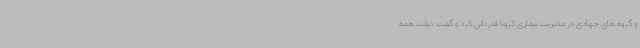
و گروه های جهادی در مدیریت بیماری کرونا قدردانی کرد و گفت: دولت همه